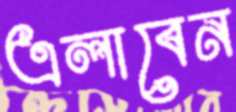
এলাবেন